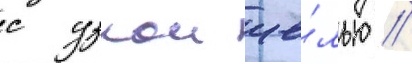
с узкои ще́лью //